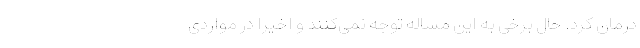
درمان کرد. حال برخی به این مساله توجه نمی‌کنند و اخیرا در مواردی